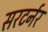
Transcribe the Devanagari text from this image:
सरटर्नर